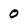
Character: 0